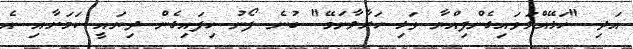
އަދި "ހަޅޭއްލަވައިގެންފިއްޔާ ވަޅި ހަރާލާނަމޭ" ބުނެ ފޯނު ހިފައިގެން ދިޔައީ ކަމަށާއި އެ